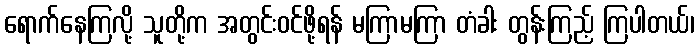
ရောက်နေကြလို့ သူတို့က အတွင်းဝင်ဖို့ရန် မကြာမကြာ တံခါး တွန်းကြည့် ကြပါတယ်၊